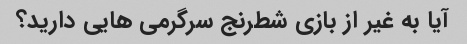
آیا به غیر از بازی شطرنج سرگرمی هایی دارید؟